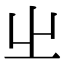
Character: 𡳿